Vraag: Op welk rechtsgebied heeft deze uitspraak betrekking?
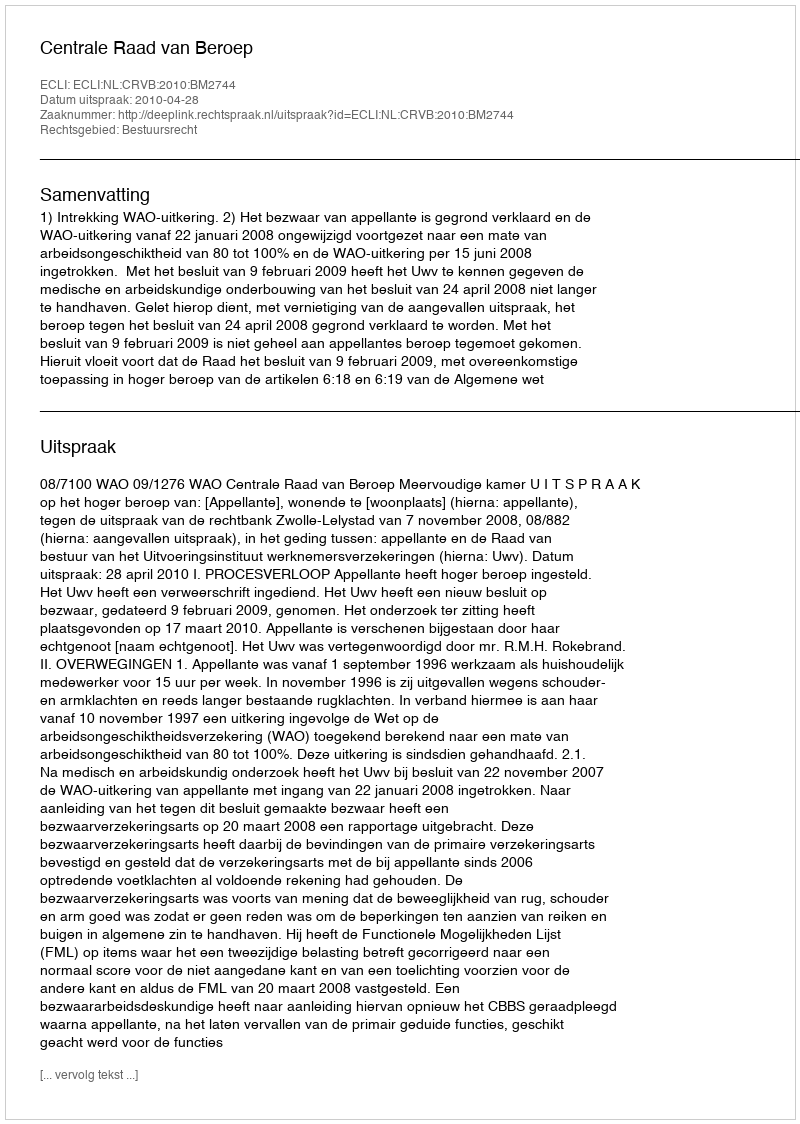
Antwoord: Bestuursrecht